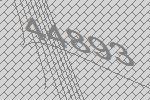
44893